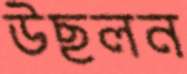
উছলন